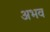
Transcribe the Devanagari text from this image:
अभव